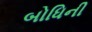
બોધિની